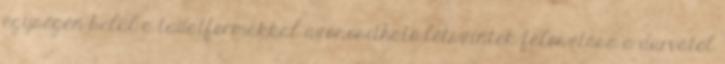
egységén belül a tudatformákkal azonosítható létszintek felosztása a durvától